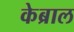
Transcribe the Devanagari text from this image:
केब्राल